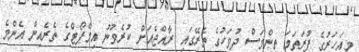
މިއަހަރުގެ ފުރަތަމަ ތިންމަސް ދުވަހުގެ ތެރޭގައި ރާއްޖެއަށް ކުރެވުނު އިމްޕޯޓްގެ ތެރެއިން އެންމެ